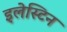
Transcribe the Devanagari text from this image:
इलेस्टिन